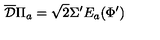
\overline { { \mathcal D } } \Pi _ { a } = \sqrt 2 \Sigma ^ { \prime } E _ { a } ( \Phi ^ { \prime } )